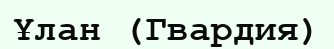
Ұлан (Гвардия)